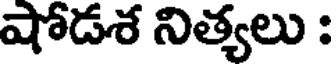
షోడశ నిత్యలు :